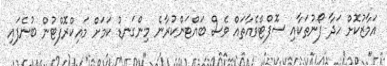
އަމާޒުކޮށް ހަދާ ފޯނުތަކާއި ސޮފްޓްވެއާތައް ވެސް ބައްޓަންކުރާނެ މިންގަނޑު ކަމަށް މައިކްރޮފްޓުން ބުނެފައި